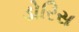
ડોરિસ